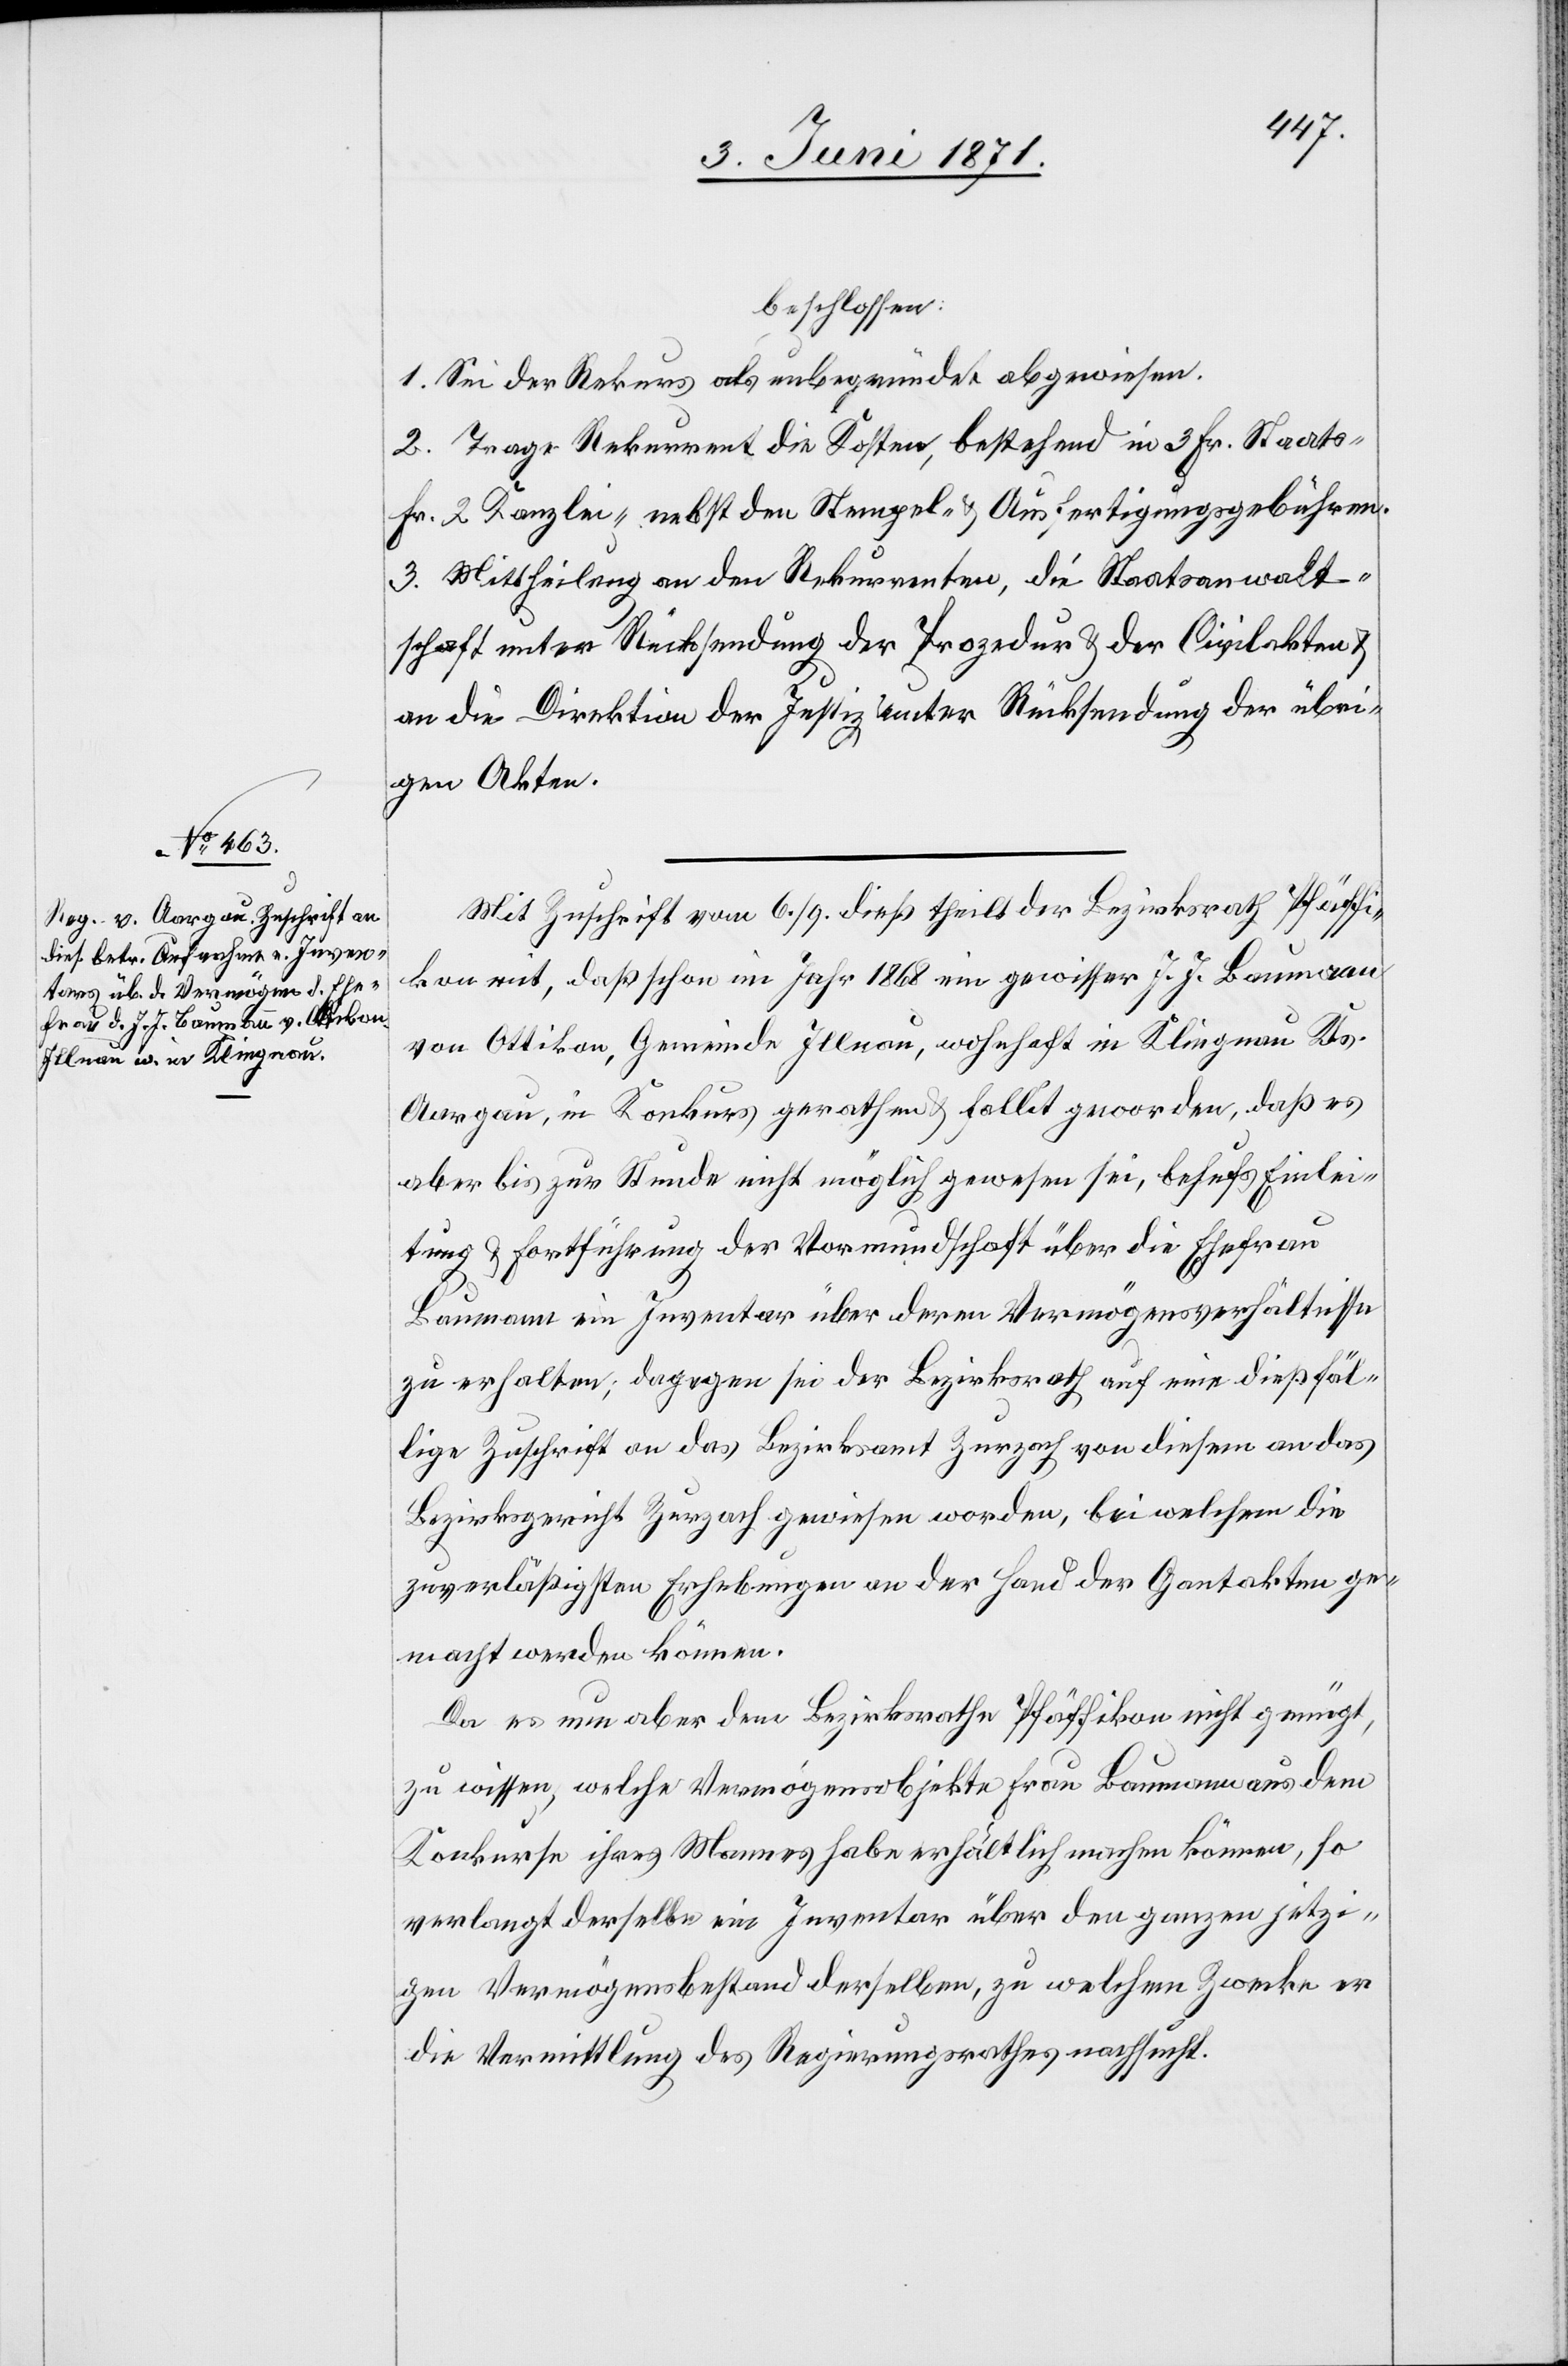
beschlossen:
1. Sei der Rekurs als unbegründet abgewiesen.
2. Trage Rekurrent die Kosten, bestehend in 3 Fr. Staats-
Fr. 2 Kanzlei- nebst den Stempel- u. Ausfertigungsgebühren.
3. Mittheilung an den Rekurrenten, die Staatsanwalt¬
schaft unter Rücksendung der Prozedur u. der Civilakten u.
an die Direktion der Justiz unter Rücksendung der übri¬
gen Akten.
Mit Zuschrift vom 6./9. dieß theilt der Bezirksrath Pfäffi¬
kon mit, daß schon im Jahr 1868 ein gewisser J. J. Baumann
von Ottikon, Gemeinde Illnau, wohnhaft in Klingnau Kts.
Aargau, in Konkurs gerathen u. fallit geworden, daß es
aber bis zur Stunde nicht möglich gewesen sei, behufs Einlei¬
tung u. Fortführung der Vormundschaft über die Ehefrau
Baumann ein Inventar über deren Vermögensverhältnisse
zu erhalten; dagegen sei der Bezirksrath auf eine dießfäl¬
lige Zuschrift an das Bezirksamt Zurzach von diesem an das
Bezirksgericht Zurzach gewiesen worden, bei welchem die
zuverläßigsten Erhebungen an der Hand der Gantakten ge¬
macht werden können.
Da es nun aber dem Bezirksrathe Pfäffikon nicht genügt,
zu wissen, welche Vermögensobjekte Frau Baumann aus dem
Konkurse ihres Mannes habe erhältlich machen können, so
verlangt derselbe ein Inventar über den ganzen jetzi¬
gen Vermögensbestand derselben, zu welchem Zwecke er
die Vermittlung des Regierungsrathes nachsucht.